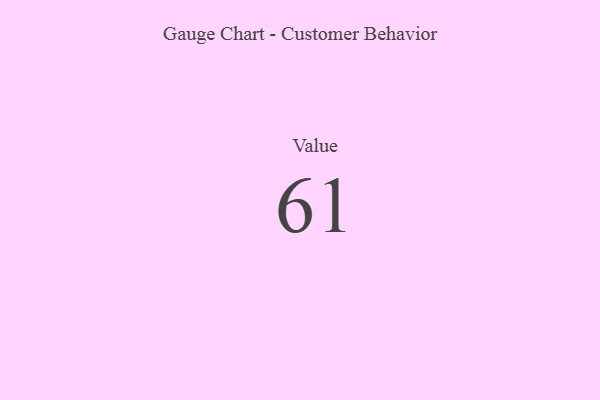
{"axis": {"x": "Metric", "y": "Value"}, "legend": [""], "data": [{"x": "Value", "y": 61, "type": ""}]}